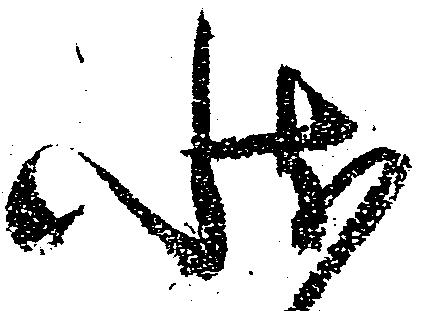
状